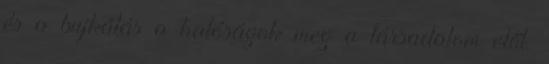
és a bujkálás a hatóságok meg a társadalom elől.